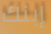
إبنك